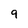
Character: 9